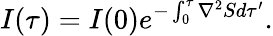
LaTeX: I(\tau)=I(0)e^{-\int_{0}^{\tau}\nabla^{2}Sd\tau^{\prime}}.